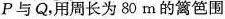
P与Q，用周长为80 m 的篱笆围